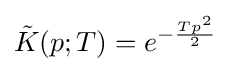
{\tilde {K}}(p;T)=e^{-{\frac {Tp^{2}}{2}}}